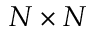
N \times N